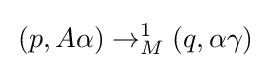
\,(p,A\alpha )\rightarrow _{M}^{1}(q,\alpha \gamma )